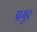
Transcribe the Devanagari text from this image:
प्रभूर